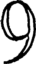
9